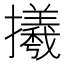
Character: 𢸤